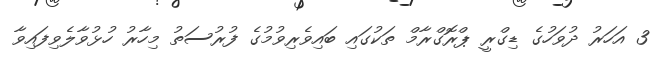
3 އަހަރު ދުވަހުގެ ޑިގްރީ ޕްރޮގްރާމް ތަކުގައި ބައިވެރިވުމުގެ ފުރުސަތު މިހާރު ހުޅުވާލެވިފައިވާ